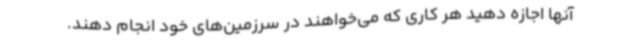
آنها اجازه دهید هر کاری که می‌خواهند در سرزمین‌های خود انجام دهند.